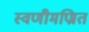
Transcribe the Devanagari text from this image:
स्वणीमण्रित